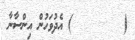
(      ١٠ ) އެދުވަހުން އިންސާނާ